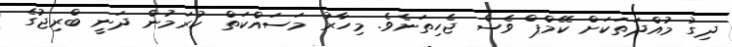
ދިގު މުއްދަތަކަށް ކޭމްޕް ވެސް ޖެހިތަނެވެ. މިހާރު މަސައްކަތް ކުރަމުން ދަނީ ބްރިޖުގެ